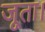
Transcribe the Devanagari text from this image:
जूता।